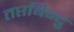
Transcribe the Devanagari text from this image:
तप्तबिन्दु